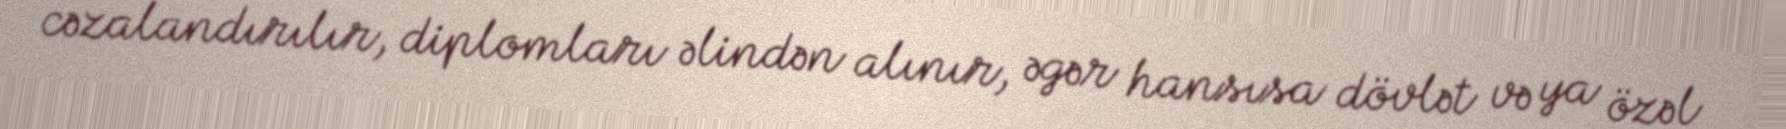
cəzalandırılır, diplomları əlindən alınır, əgər hansısa dövlət və ya özəl